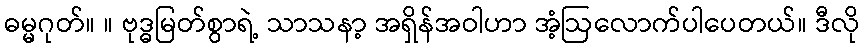
ဓမ္မဂုတ်။ ။ ဗုဒ္ဓမြတ်စွာရဲ့ သာသနာ့ အရှိန်အဝါဟာ အံ့ဩလောက်ပါပေတယ်။ ဒီလို